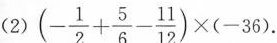
(2)( $$(- \frac{1}{2}+ \frac{5}{6}- \frac{11}{12})\times(-36).$$